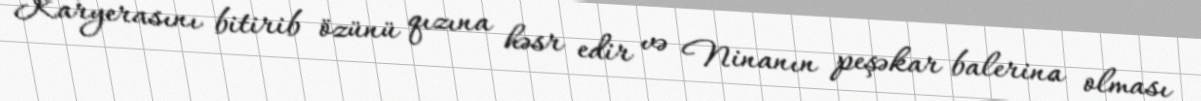
Karyerasını bitirib özünü qızına həsr edir və Ninanın peşəkar balerina olması